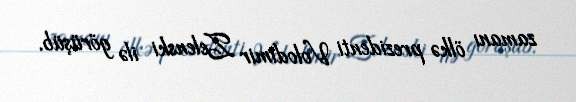
zamanı ölkə prezidenti Volodimir Zelenski ilə görüşüb.